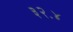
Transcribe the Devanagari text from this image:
३२॰४